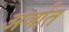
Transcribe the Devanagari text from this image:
अर्जात